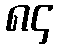
၈၄